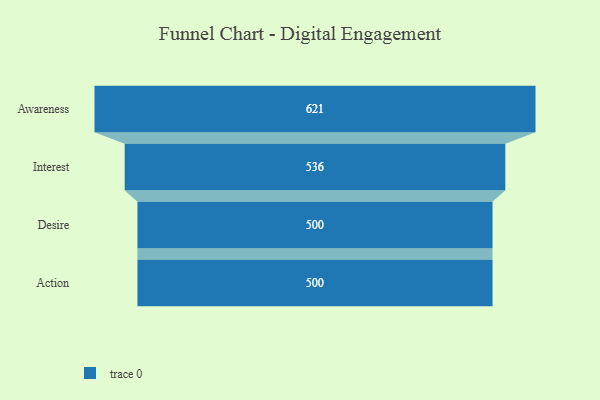
{"axis": {"x": "Stage", "y": "Value"}, "legend": [""], "data": [{"x": "Awareness", "y": 621.0, "type": ""}, {"x": "Interest", "y": 536.0, "type": ""}, {"x": "Desire", "y": 500, "type": ""}, {"x": "Action", "y": 500, "type": ""}]}